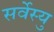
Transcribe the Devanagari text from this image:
सर्वेस्यु